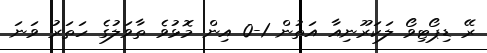
ރޭ ޑިޕޯޓިވޯ ލަކަރޫނިއާ އަތުން 1-0 އިން މޮޅުވެ ތާވަލުގެ ހަތަރު ވަނަ